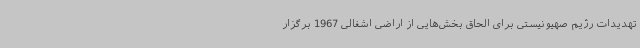
تهدیدات رژیم صهیونیستی برای الحاق بخش‌هایی از اراضی اشغالی 1967 برگزار